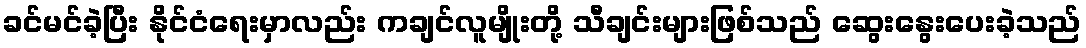
ခင်မင်ခဲ့ပြီး နိုင်ငံရေးမှာလည်း ကချင်လူမျိုးတို့ သီချင်းများဖြစ်သည် ဆွေးနွေးပေးခဲ့သည်